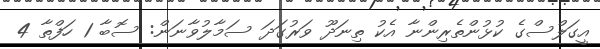
އީގަލްސްގެ ކުޅުންތެރިންނާ އެކު ތިނަދޫ ވަރުގަދަ ސަމާލުވާނަން: ސޮބާ 1 ހަފްތާ 4